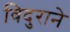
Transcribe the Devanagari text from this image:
विदुराने